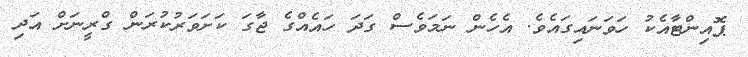
ޕޮއިންޓާއެކު ހަވަނައިގައެވެ. އެހެން ނަމަވެސް ގަދަ ހައެއްގެ ޖާގަ ކަށަވަރުކުރަން ގްރީނަށް އަދި